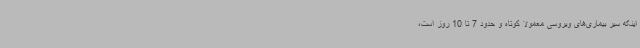
اینکه سیر بیماری‌های ویروسی معمولاً کوتاه و حدود 7 تا 10 روز است،